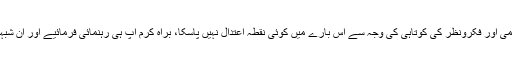
میں اپنی معلومات کی کمی اور فکرونظر کی کوتاہی کی وجہ سے اس بارے میں کوئی نقطہ اعتدال نہیں پاسکا، براہِ کرم آپ ہی رہنمائی فرمائیے اور ان شبہات کو صاف کردیجیے۔